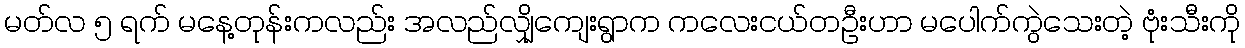
မတ်လ ၅ ရက် မနေ့တုန်းကလည်း အလည်လျှိုကျေးရွာက ကလေးငယ်တဦးဟာ မပေါက်ကွဲသေးတဲ့ ဗုံးသီးကို